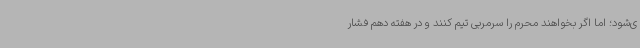
ی‌شود؛ اما اگر بخواهند محرم را سرمربی تیم کنند و در هفته دهم فشار